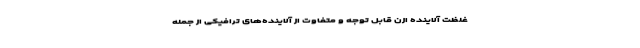
غلظت آلاینده ازن قابل‌ توجه و متفاوت از آلاینده‌­های ترافیکی از جمله